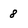
Character: 8